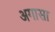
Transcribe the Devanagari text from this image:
अगासा